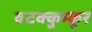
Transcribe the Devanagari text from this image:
वटक्कुम्कूर